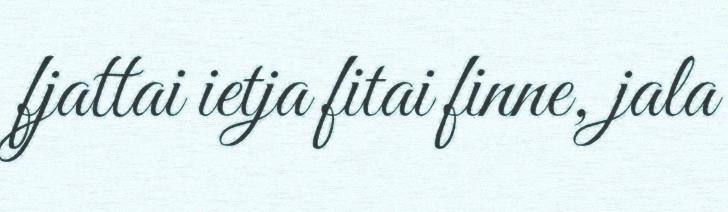
fjattai ietja fitai finne, jala